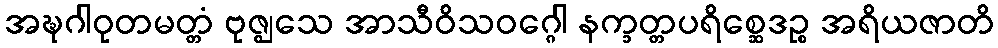
အဍ္ဎဂါဝုတမတ္တံ ဗုဇ္ဈသေ အာသီဝိသဝဂ္ဂေါ နက္ခတ္တပရိစ္ဆေဒဉ္စ အရိယဇာတိ